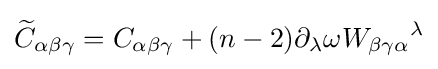
{\widetilde {C}}_{\alpha \beta \gamma }=C_{\alpha \beta \gamma }+(n-2)\partial _{\lambda }\omega {W_{\beta \gamma \alpha }}^{\lambda }